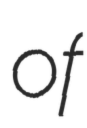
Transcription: of